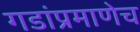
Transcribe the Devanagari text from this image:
गडांप्रमाणेच